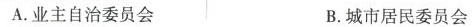
A.业主自治委员会 B.城市居民委员会